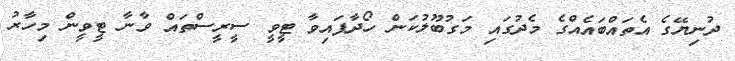
ދުނިޔޭގެ އެތައްބައެއްގެ މެދުގައި މަގުބޫލުކަން ހޯދާފައިވާ ޓީވީ ސީރީސްތައް ވާނާ ޓީވީން މިހާރު